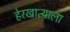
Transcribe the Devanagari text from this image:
हेरखात्याला